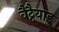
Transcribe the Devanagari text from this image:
वैट्टैयाडु